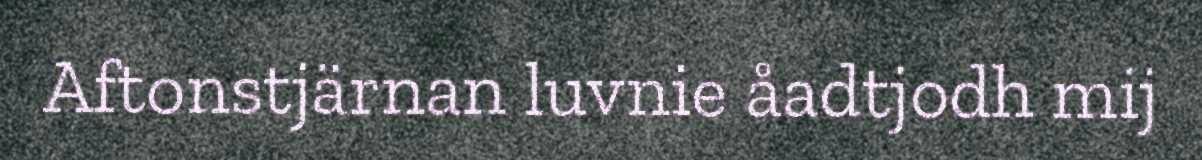
Aftonstjärnan luvnie åadtjodh mij